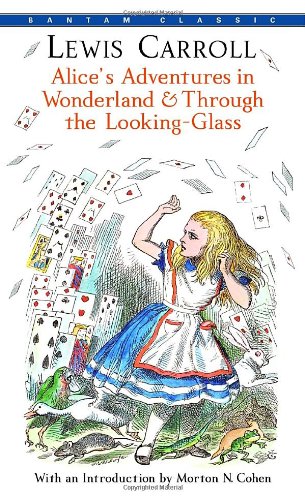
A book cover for Alice's Adventures in Wonderland & Through the Looking-Glass (Bantam Classics); Lewis Carroll; Literature & Fiction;